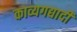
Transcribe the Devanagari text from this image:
काव्यगद्यादी